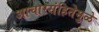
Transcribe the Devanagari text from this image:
आचारसंहितेमुळे